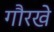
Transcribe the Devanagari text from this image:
गौरखे